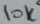
Text: 10K